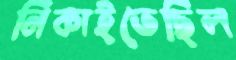
নিকাইতেছিল